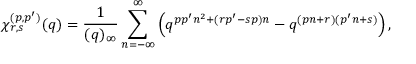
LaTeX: \chi _ { r , s } ^ { ( p , p ^ { \prime } ) } ( q ) = \frac { 1 } { ( q ) _ { \infty } } \sum _ { n = - \infty } ^ { \infty } \left( q ^ { p p ^ { \prime } n ^ { 2 } + ( r p ^ { \prime } - s p ) n } - q ^ { ( p n + r ) ( p ^ { \prime } n + s ) } \right) ,